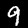
Digit: 9